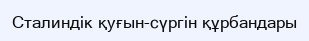
Сталиндік қуғын-сүргін құрбандары